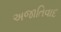
અજાતિવાદ